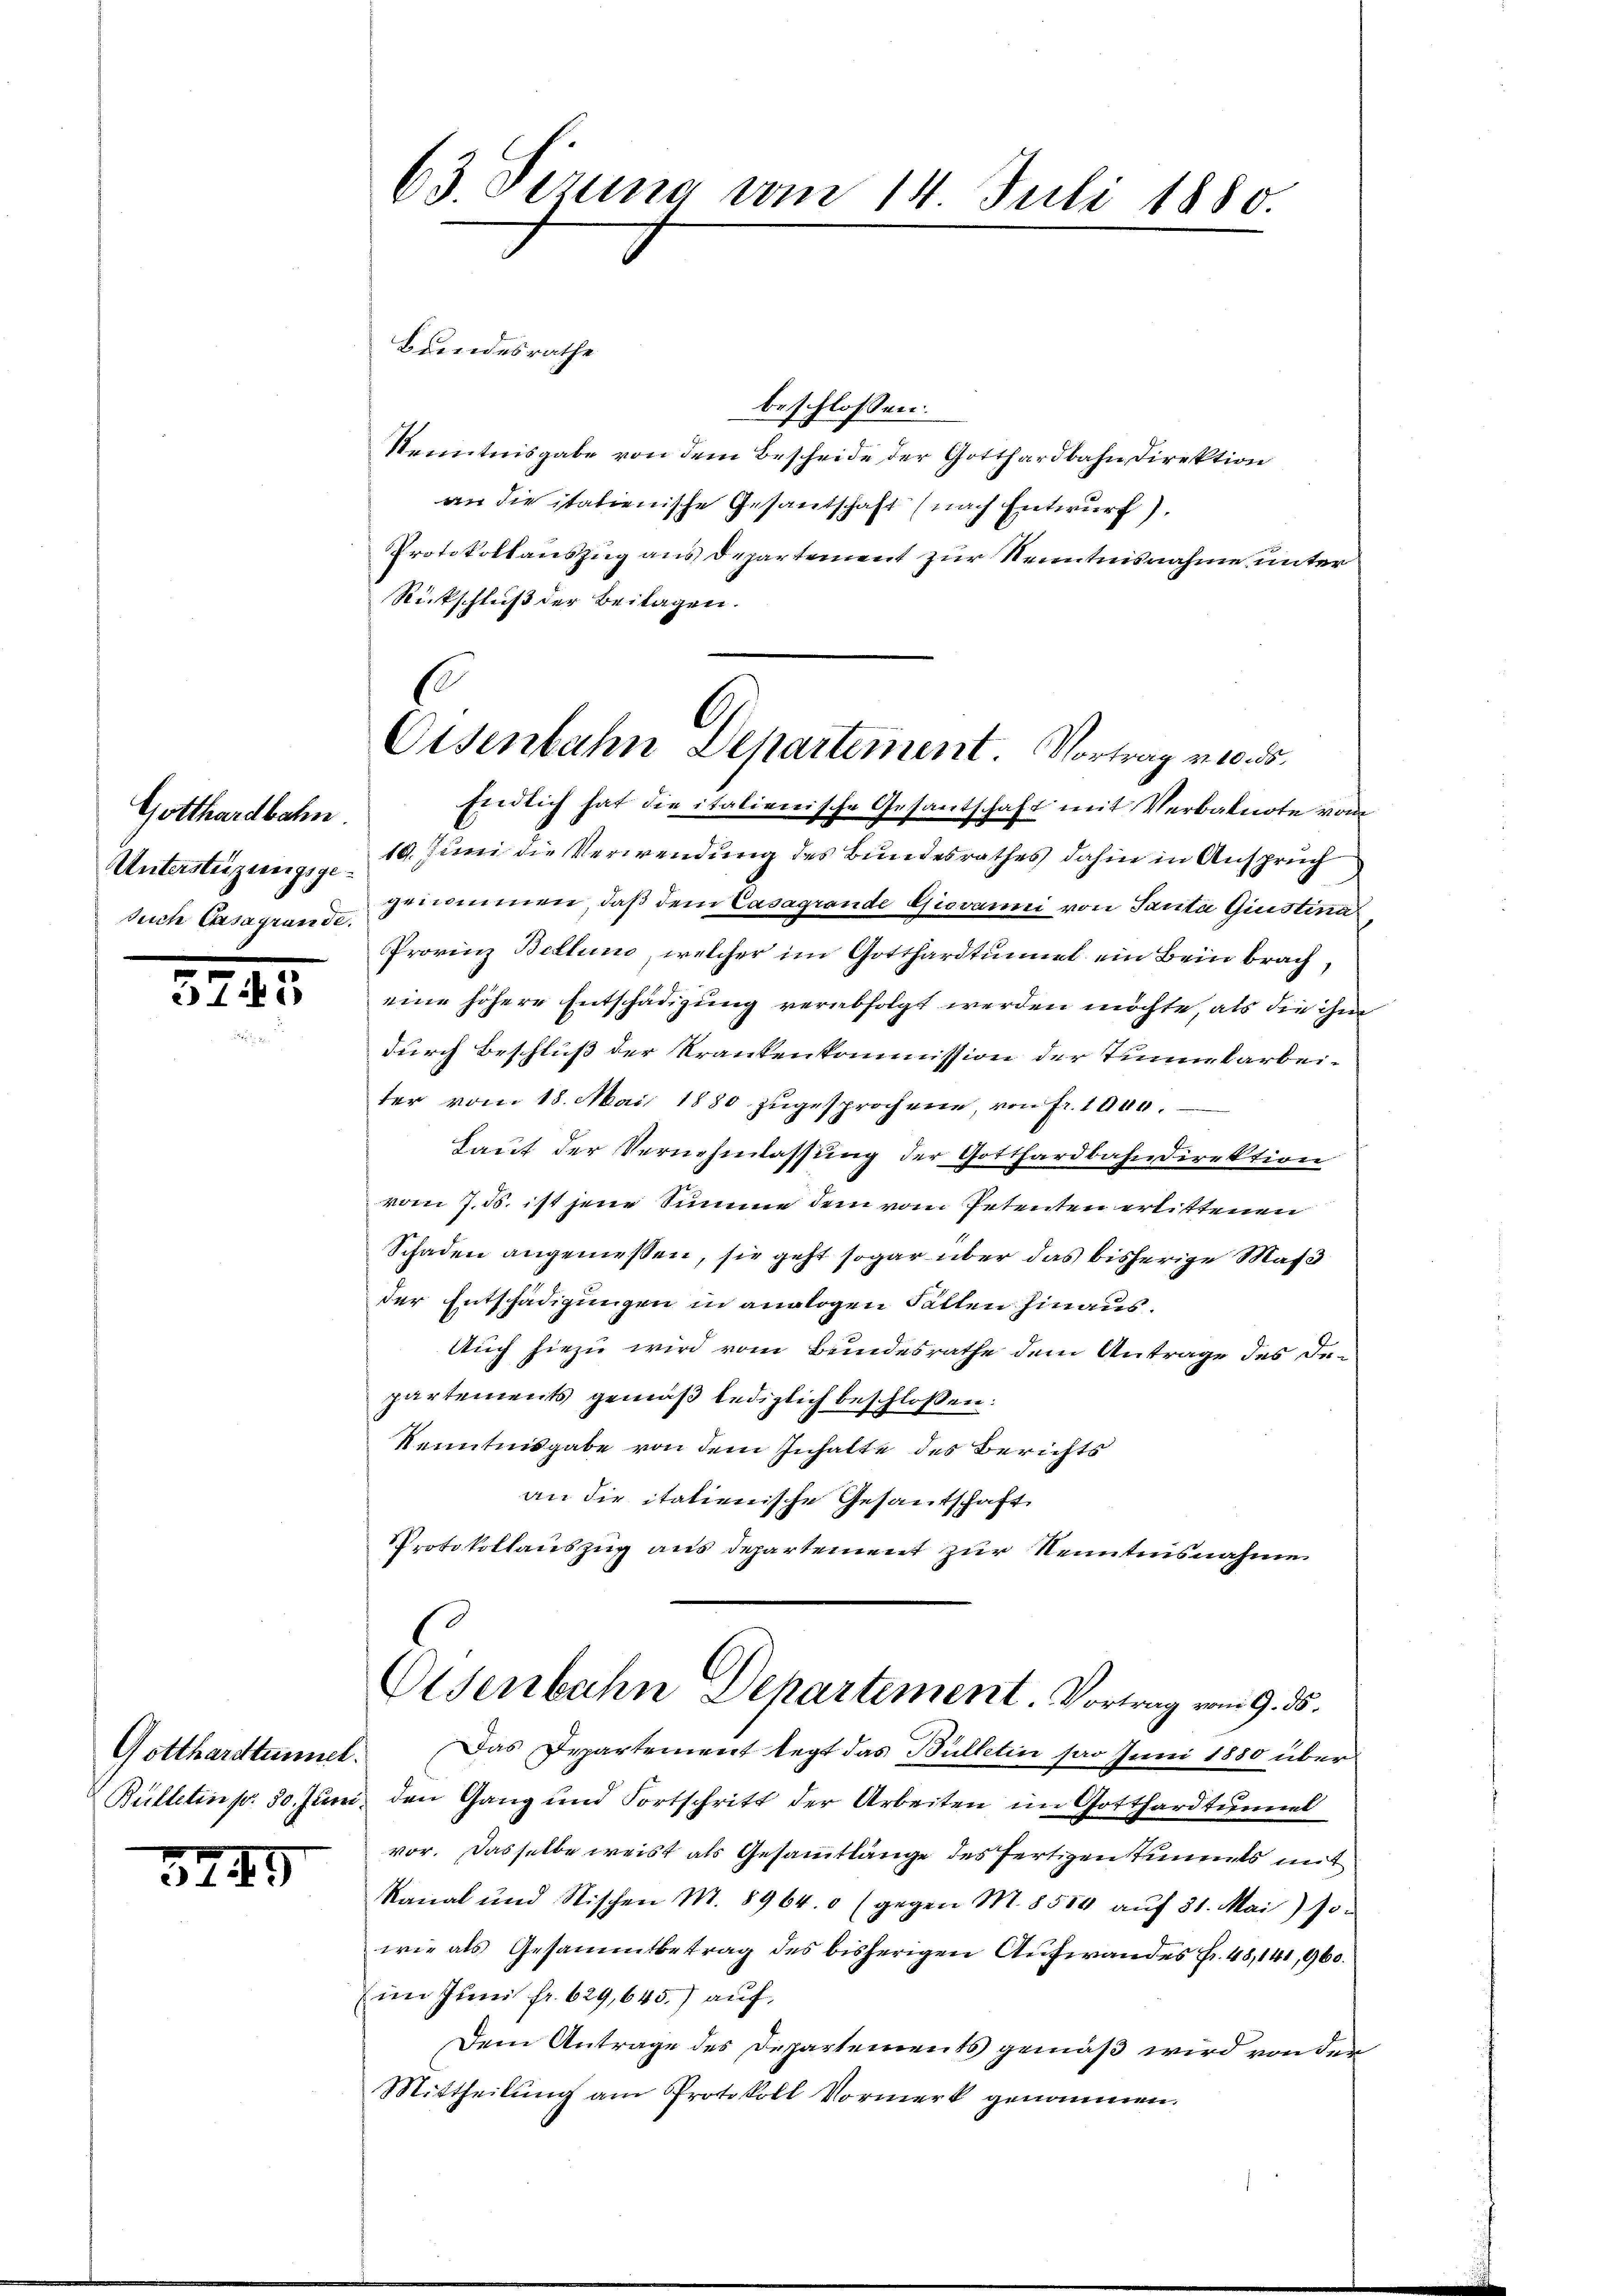
Gotthardbahn.
Untersteigungsge¬
Such Casagrande.

32.

2

Gotthardtunnel.

3749

63. Sizung vom 14. Juli 1880.

Brendesrathe
beschlossen:
Kenntnisgabe von dem Bescheide der Gotthardbahn Direktion
an die italienische Gesandschaft (nach Entwurf).
Protokollauszug aus Departement zur Kenntnisnahme unter
Rückschluß der Beilagen.
Endlich hat die italienische Gesantschaft mit Verbalnote vom
10. Juni die Verwendung des Bundesrathes dahin in Anspruch
genommen, daß dem Casagrande Giovanni von Tantii Giustina
Provinz Bettuno, welcher im Gotthardtunnel ein Bein brach,
eine höhere Entschädigung verabfolgt werden möchte, als die ihm
durch Beschluß der Krankenkommission der Tunnelarbeiter vom 18. Mai 1880 zugesprochene, von fr. 1000.
Laut der Vernehmlassung der Gotthardbahndirektion
vom 7. ds. ist jene Summe dem vom Petenten erlittenen
Schaden angenießen, sie geht sogar über das bisherige Mass
der Entschädigungen in analogen Fallen hinaus.
Auch hiezu wird vom Bundesrathe dem Antrage des Departements gemäß lediglich beschlossen:
Kenntnisgabe von dem Inhalte des Berichts
an die italienische Gesantschaft
Protokollauszug aus departement zur Kenntnisnahme
Osenbahn Departement. Vortrag vom 9. ds.
Das Departement legt das Bülletin das Juni 1880 über
Bulletin p. 30. Juni, den Gang und Fortschritt der Arbeiten im Gotthardtunnel
vor. Dasselbe weist als Gesammtlänge des fertigen Sinnets mit
kanal und Stischen M. 8964. 0 (gegen M. 8500 aŭf 31. Mai) so
wie als Gesammtbetrag des bisherigen Aufwandes Fr. 48,141, 960.
im Juni fr. 629,645.) auf,
Dem Antrage des Departements gemäß wird von der
Mittheilung am Protokoll Vormerk genommen.

E
O.
Eisenbahn Departement. Vortrag vonds.